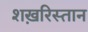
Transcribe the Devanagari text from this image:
शख़रिस्तान